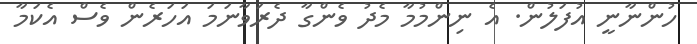
ހުންނާނީ އުފަލުން. އެ ނިންމުމާ މެދު ވެންގާ ދެރަވާނަމަ އަހަރެން ވެސް އެކަމާ